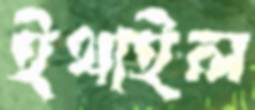
ইথাইল